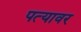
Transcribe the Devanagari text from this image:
पत्‍यावर